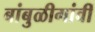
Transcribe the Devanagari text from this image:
बांबुळीगांवीं